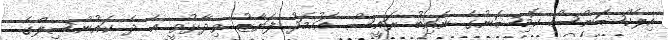
އިލެކްޝަންސް ކޮމިޝަނުގެ ނައިބު ރައީސް އަހުމަދު ފަޔާޒު ވިދާޅުވީ އެ ދެ ކައުންސިލްގެ